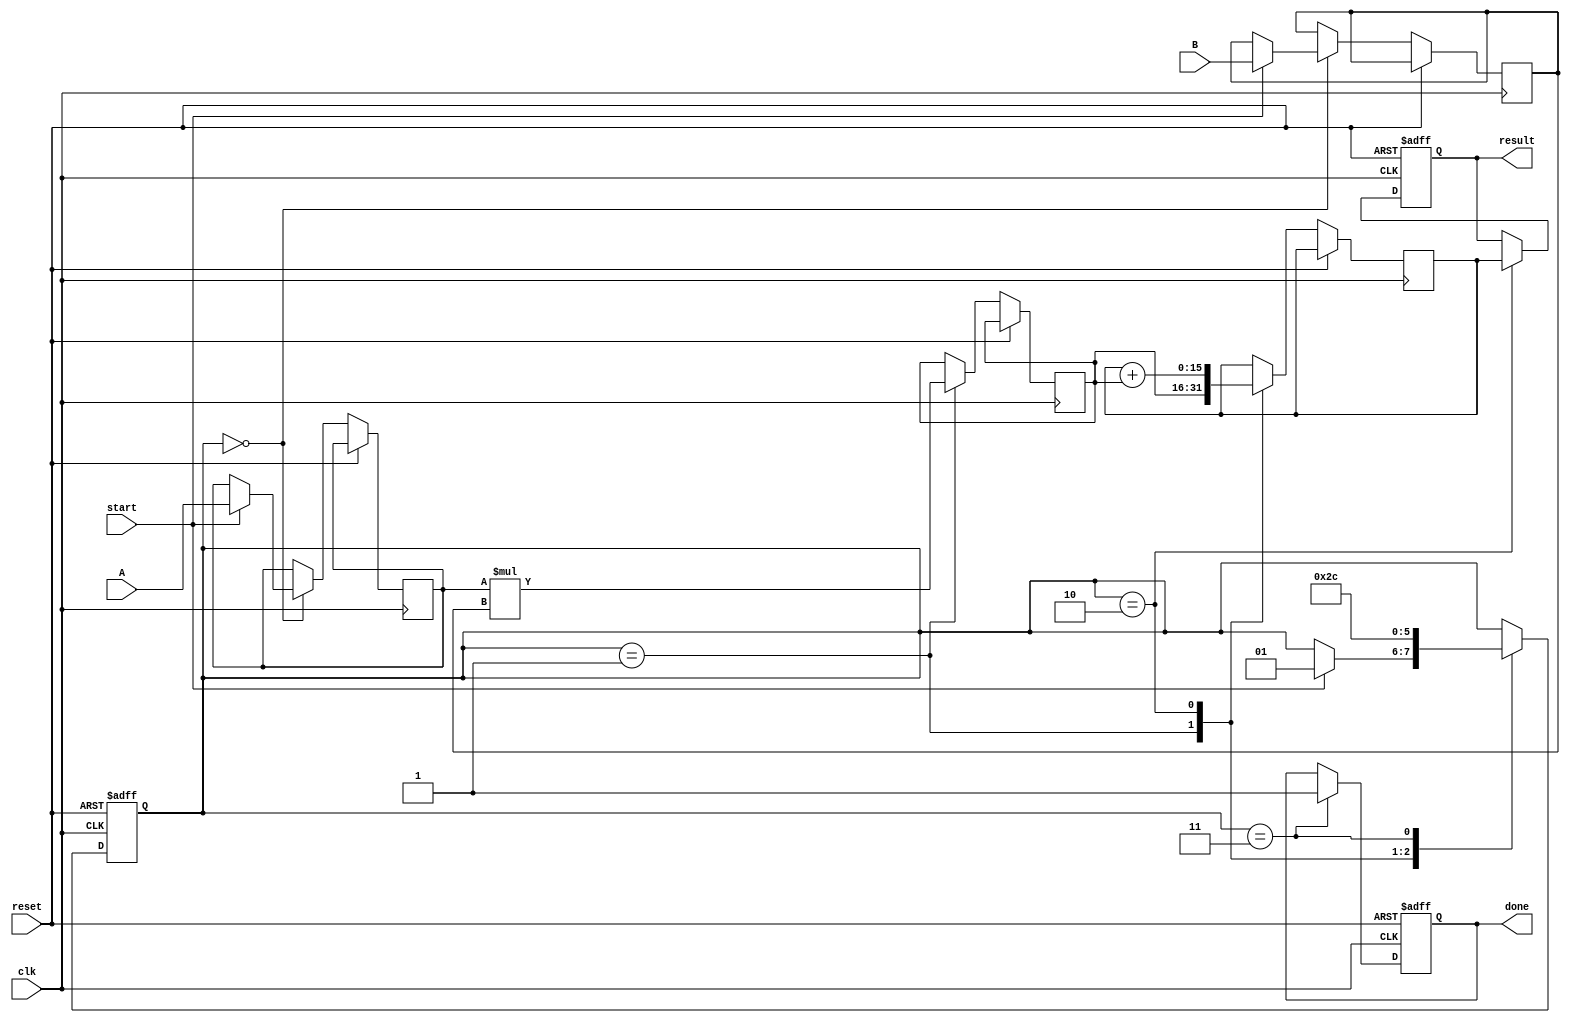
module systolic_multiplier (
    input clk,
    input reset,
    input [7:0] A,    // Input operand A
    input [7:0] B,    // Input operand B
    input start,      // Start signal
    output reg [15:0] result, // Output result
    output reg done   // Done signal
);

    // Internal signals
    reg [7:0] A_reg [0:1]; // Register for operand A
    reg [7:0] B_reg [0:1]; // Register for operand B
    reg [15:0] P_reg [0:1][0:1]; // Partial product registers
    reg [1:0] state; // State machine for control

    // State encoding
    localparam IDLE = 2'b00, LOAD = 2'b01, COMPUTE = 2'b10, DONE = 2'b11;

    // Sequential logic for state transition
    always @(posedge clk or posedge reset) begin
        if (reset) begin
            state <= IDLE;
            done <= 0;
            result <= 0;
        end else begin
            case (state)
                IDLE: begin
                    if (start) begin
                        // Load inputs
                        A_reg[0] <= A;
                        A_reg[1] <= 8'b0; // Pipelined input
                        B_reg[0] <= B;
                        B_reg[1] <= 8'b0; // Pipelined input
                        state <= LOAD;
                    end
                end

                LOAD: begin
                    // Load the first stage for multiplication
                    P_reg[0][0] <= A_reg[0] * B_reg[0]; // First PE
                    P_reg[0][1] <= 0; // Initialize the next PE
                    P_reg[1][0] <= A_reg[1] * B_reg[0]; // Second PE
                    P_reg[1][1] <= P_reg[0][0]; // Pass to next stage
                    state <= COMPUTE;
                end

                COMPUTE: begin
                    // Compute results in the second stage
                    P_reg[0][1] <= P_reg[0][1] + (A_reg[0] * B_reg[1]); // Add new product
                    P_reg[1][1] <= P_reg[1][1] + P_reg[0][0]; // Accumulate results
                    result <= P_reg[1][1]; // Collect final result
                    state <= DONE;
                end

                DONE: begin
                    done <= 1;
                    state <= IDLE; // Go back to idle to wait for next operation
                end
            endcase
        end
    end

endmodule